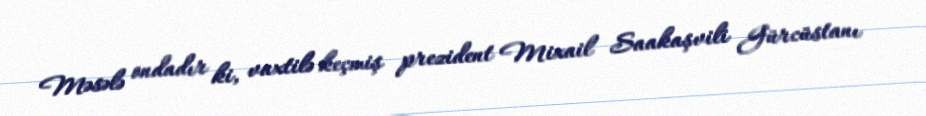
Məsələ ondadır ki, vaxtilə keçmiş prezident Mixail Saakaşvili Gürcüstanı